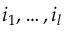
i _ { 1 } , \dots , i _ { l }